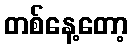
တစ်နေ့တော့